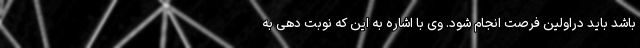
باشد باید دراولین فرصت انجام شود. وی با اشاره به این که نوبت دهی به